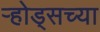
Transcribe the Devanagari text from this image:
ऱ्होड्सच्या